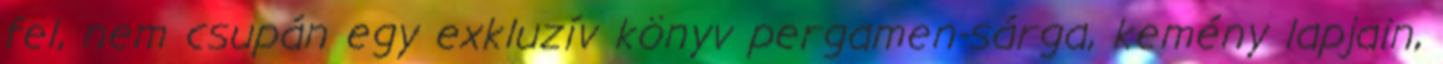
fel, nem csupán egy exkluzív könyv pergamen-sárga, kemény lap­jain,